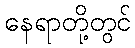
နေရာတို့တွင်